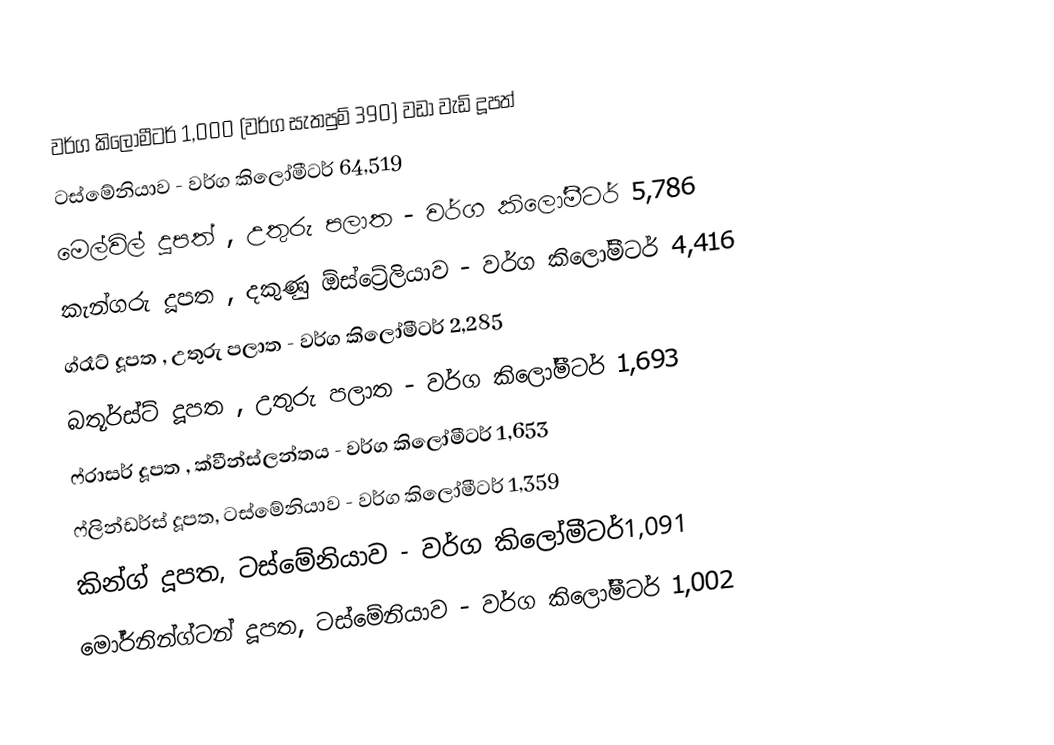
වර්ග කිලෝමීටර් 1,000 (වර්ග සැතපුම් 390) වඩා වැඩි දූපත්
 ටස්මේනියාව - වර්ග කිලෝමීටර් 64,519
 මෙල්විල් දූපත් , උතුරු පලාත - වර්ග කිලෝමීටර් 5,786
 කැන්ගරු දූපත , දකුණු ඕස්ට්‍රේලියාව - වර්ග කිලෝමීටර් 4,416
 ග්රෑට් දූපත , උතුරු පලාත - වර්ග කිලෝමීටර් 2,285
 බතූර්ස්ට් දූපත , උතුරු පලාත - වර්ග කිලෝමීටර් 1,693
 ෆ්රාසර් දූපත , ක්වීන්ස්ලන්තය - වර්ග කිලෝමීටර් 1,653
 ෆ්ලින්ඩර්ස් දූපත, ටස්මේනියාව - වර්ග කිලෝමීටර් 1,359
 කින්ග් දූපත, ටස්මේනියාව - වර්ග කිලෝමීටර්1,091
 මෝර්නින්ග්ටන් දූපත, ටස්මේනියාව - වර්ග කිලෝමීටර් 1,002